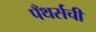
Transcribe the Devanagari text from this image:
पँथर्सची